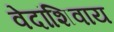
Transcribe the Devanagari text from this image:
वेदांशिवाय